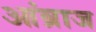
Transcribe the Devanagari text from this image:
आंब्राज